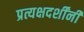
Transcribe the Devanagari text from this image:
प्रत्यक्षदर्शींनी